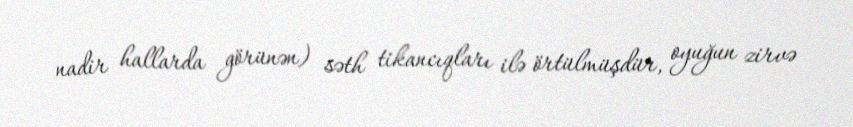
nadir hallarda görünən) səth tikancıqları ilə örtülmüşdür, oyuğun zirvə